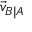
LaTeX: { \vec { v } } _ { B \mid A }